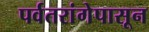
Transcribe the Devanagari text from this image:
पर्वतरांगेपासून